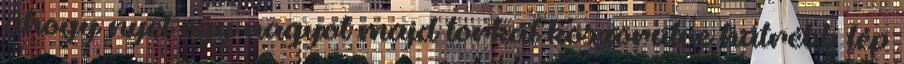
ahogy nyel egy nagyot majd torkát köszörülve hátrébb lép